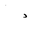
Letter: _dal